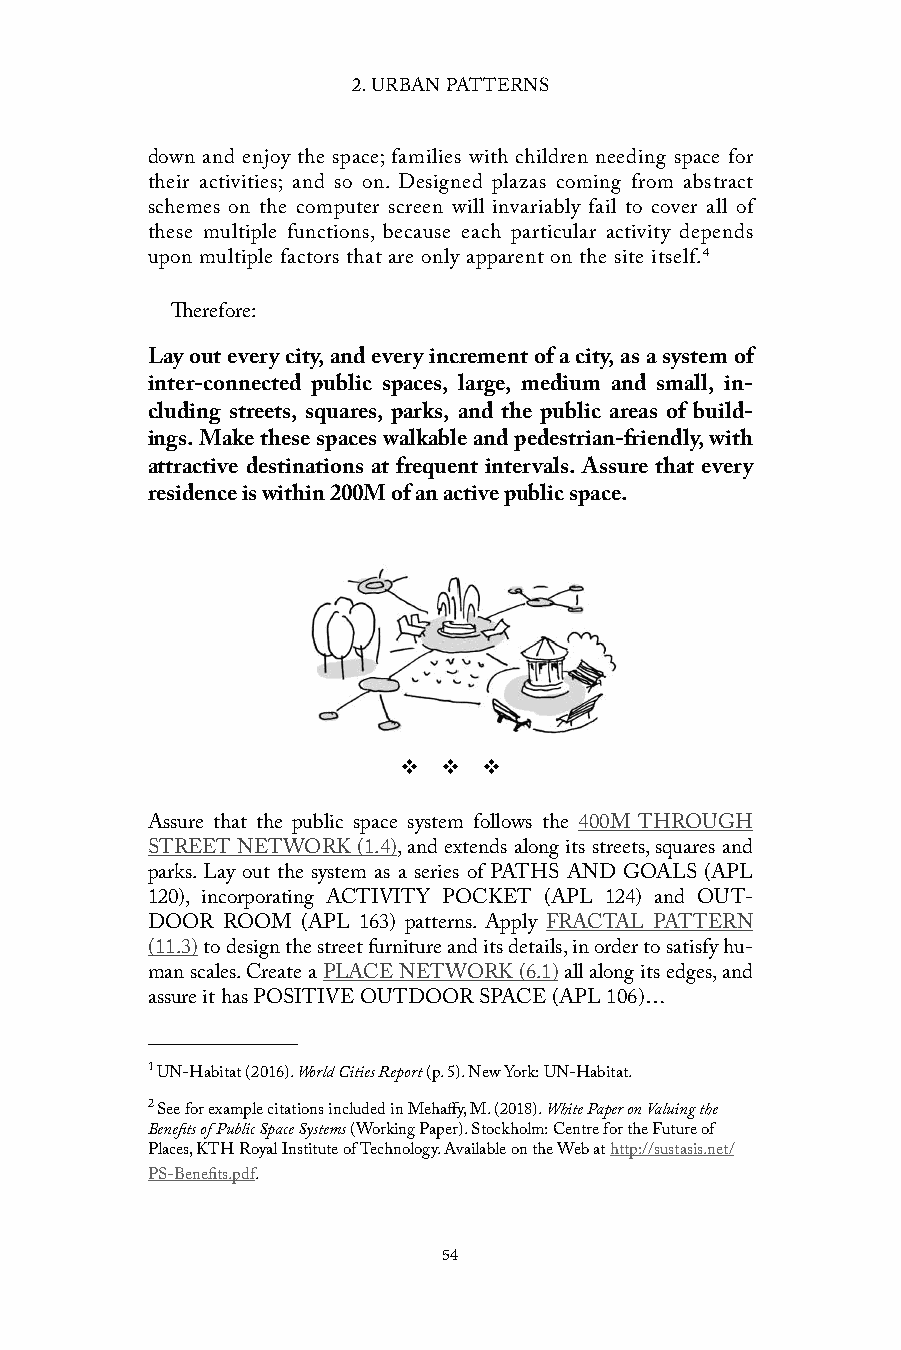
2. URBAN PATTERNS
 down and enjoy the space; families with children needing space for
 their activities; and so on. Designed plazas coming from abstract
 schemes on the computer screen will invariably fail to cover all of
 these multiple functions, because each particular activity depends
 upon multiple factors that are only apparent on the site itself. 4
 Therefore:
 Lay out every city, and every increment of a city, as a system of
 inter-connected public spaces, large, medium and small, in-
 cluding streets, squares, parks, and the public areas of build-
 ings. Make these spaces walkable and pedestrian-friendly, with
 attractive destinations at frequent intervals. Assure that every
 residence is within 200M of an active public space.
 v  v  v
 Assure that the public space system follows the 400M THROUGH
 STREET NETWORK (1.4), and extends along its streets, squares and
 parks. Lay out the system as a series of PATHS AND GOALS (APL
 120), incorporating ACTIVITY POCKET (APL 124) and OUT-
 DOOR ROOM (APL 163) patterns. Apply FRACTAL PATTERN
 (11.3) to design the street furniture and its details, in order to satisfy hu-
 man scales. Create a PLACE NETWORK (6.1) all along its edges, and
 assure it has POSITIVE OUTDOOR SPACE (APL 106)…
 1 UN-Habitat (2016). World Cities Report (p. 5). New York: UN-Habitat.
 2 See for example citations included in Mehaffy, M. (2018). White Paper on Valuing the
 Benefits of Public Space Systems (Working Paper). Stockholm: Centre for the Future of
 Places, KTH Royal Institute of Technology. Available on the Web at http://sustasis.net/
 PS-Benefits.pdf.
 54